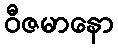
ဝီဇမာနော